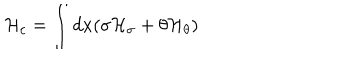
{ \cal H } _ { c } = \int d x ( \sigma { \cal H } _ { \sigma } + \theta { \cal H } _ { \theta } )